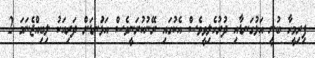
ފިރިމީހާ ބުނީ އަޅުގަނޑާއި ދުރުހެލިވީވެސް އެކުގައި ރޭނުކުރަނީވެސް އަޅުަނޑަށް ދަރިއަކު ލިބިއްޖެނަމަ 2